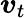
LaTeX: \boldsymbol{v}_{t}